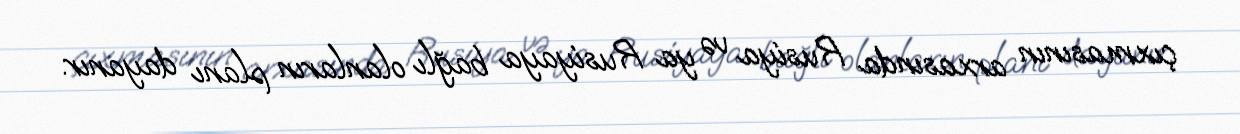
çıxmasının arxasında Rusiya və ya Rusiyaya bağlı olanların planı dayanır.